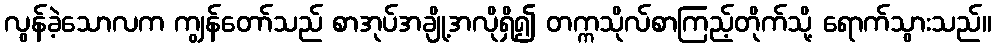
လွန်ခဲ့သောလက ကျွန်တော်သည် စာအုပ်အချို့အလိုရှိ၍ တက္ကသိုလ်စာကြည့်တိုက်သို့ ရောက်သွားသည်။